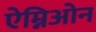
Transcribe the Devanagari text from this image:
ऐम्निओन